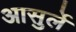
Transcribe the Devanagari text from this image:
आसुर्ले